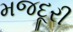
મજદૂરી